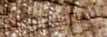
سبرينجفيلد